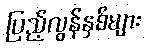
ပြည့်လွန်နှစ်များ